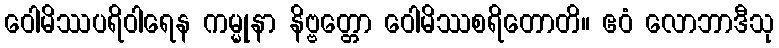
ဝေါမိဿပရိဝါရေန ကမ္မုနာ နိဗ္ဗတ္တော ဝေါမိဿစရိတောတိ။ ဧဝံ လောဘာဒီသု